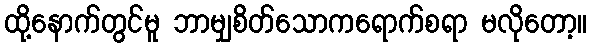
ထို့နောက်တွင်မူ ဘာမျှစိတ်သောကရောက်စရာ မလိုတော့။